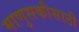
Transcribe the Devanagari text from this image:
माणुसकीसाठी